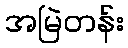
အမြဲတန်း